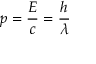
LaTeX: p = { \frac { E } { c } } = { \frac { h } { \lambda } }